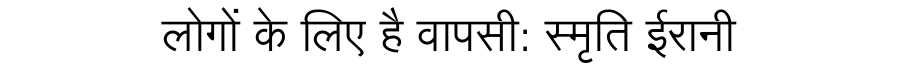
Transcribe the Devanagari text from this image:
लोगों के लिए है वापसी: स्मृति ईरानी